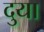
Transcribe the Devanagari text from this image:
दुया